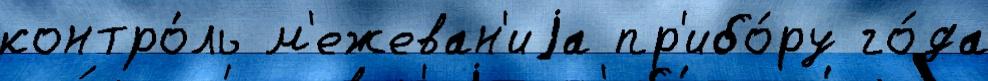
контро́ль м'ежеван'иjа пр'ибо́ру го́да